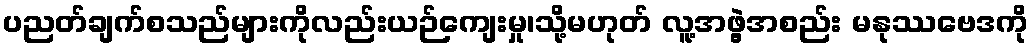
ပညတ်ချက်စသည်များကိုလည်းယဉ်ကျေးမှု၊သို့မဟုတ် လူ့အဖွဲ့အစည်း မနုဿဗေဒကို